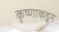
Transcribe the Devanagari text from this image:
कृष्णाकडून